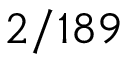
2 / 1 8 9